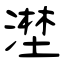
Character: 漜